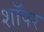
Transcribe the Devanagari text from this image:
शॉपर